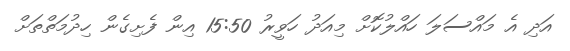
އަދި އެ މައްސަލަ ހައްލުކޮށް މިއަދު ހަވީރު 15:50 އިން ފެށިގެން ހިދުމަތްތަށް